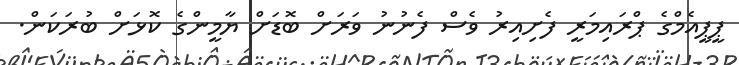
ޕީޕީއެމްގެ ޕްރައިމަރީ ފެށިއިރު ވެސް ފެނުނު ވަރަށް ބޮޑަށް ޔާމީންގެ ކޮޅަށް ބުރަކަން.